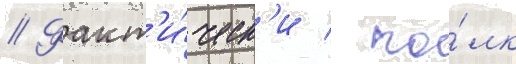
// Факт'и́ческ'и / по́лк